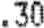
.30